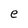
Character: e